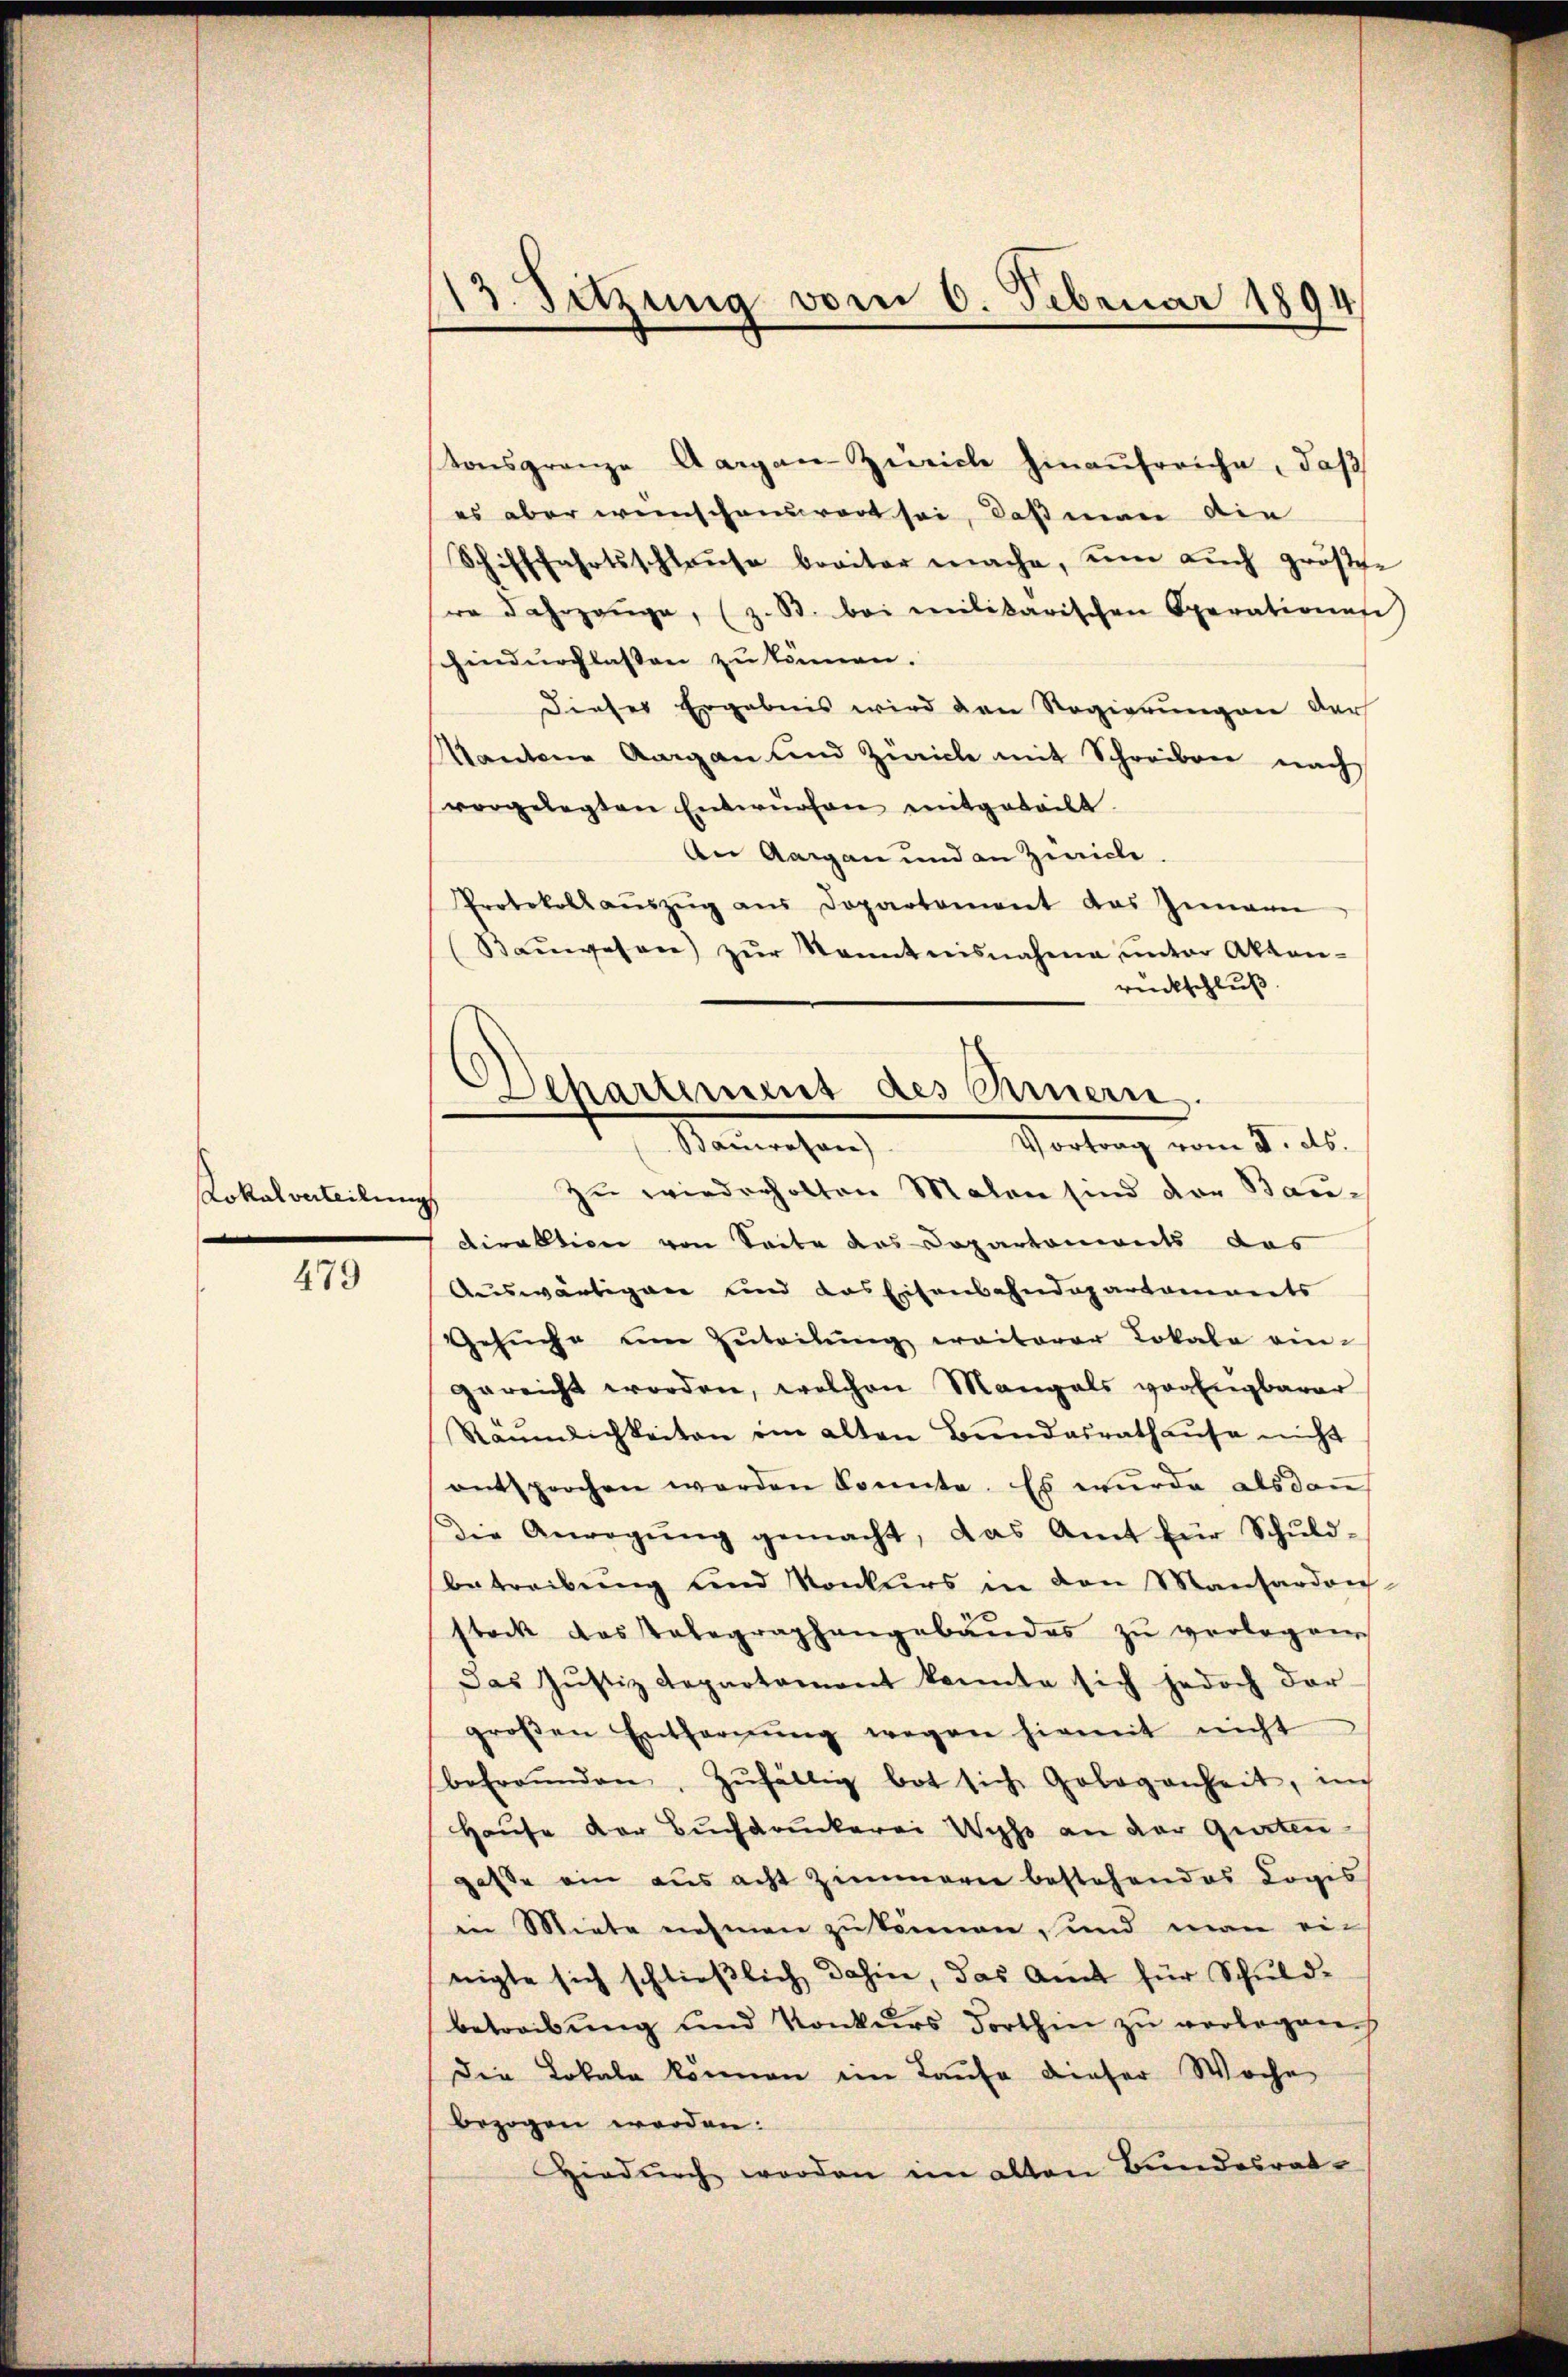
Lokalverteilung

479

13. Setzung vom 6. Februar 1894

Departement des Einern.
Semachen
Vortrag vom 8. ds.
Zŭ wiederholten Malen sind der Bau-

tonsgrenze Aargau-Zürich hinaufreiche, daß
es aber weinschenswert sei, daß man die
Schifffahrtsschlause breiter mache, um auch größte
e dahrgange, (z. B. bei milikarischen Operationese
hindurchlassen zu können.
Dieser Ergebnis wird den Regierungen der
Kantone Aargau und Zürich mit Schreiben nach
vorgelegten Entwürfen mitgeteilt.
An Aargau und an Zwicke
Protokoll aŭszŭg aŭs Dopartement das Zimann
Baŭwesen) zŭr Kenntnisnahme ŭnter Akten-
rückschluß
direktion von Seite des Departoniants das
Auswärtigen sind das Eisenbahndepartaments
Gesŭche um Zuteilŭng weiterer Lokale ein-
gereicht worden, welchen Mangals vorangbarer
Räŭmlichkeiten im alten Bundesrathause nicht
entsprochen werden könnte. Es wurde alsdan
Die Anregŭng gemacht, das Amt für Schŭld-
betreibung und Konkurs in den Manhardon-
stock das Telegraphangebäŭdes zŭ verlegen
Das Justiz Repartament konnte sich jedoch dar-
groβen Entfernŭng wegen hiemit nicht
befreunden, zŭfällig bot sich Gelegenheit, im
Hause der Buchdruckerei Wie an der Gurten
gasse ein aus acht Zimmern bestehendes Cogis
in Miete nehmen zu können, und man ein
nigte sich schließlich dahin, das Amt für Schuldbetreibung und Konkurs Forthin zu verlegenh
Die Lokale können im Laufe dieser Woche
bezogen worden.
Hiedurch werden im alten Bundesrat¬